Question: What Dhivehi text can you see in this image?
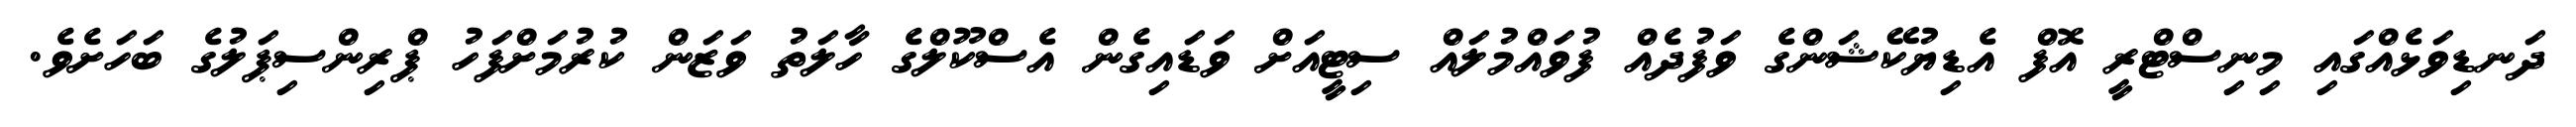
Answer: ދަނޑިވަޅެއްގައި މިނިސްޓްރީ އޮފް އެޑިޔުކޭޝަންގެ ވަފުދެއް ފުވައްމުލައް ސިޓީއަށް ވަޑައިގެން އެސްކޫލްގެ ހާލަތު ވަޒަން ކުރުމަށްފަހު ޕްރިންސިޕަލުގެ ބަހަށެވެ.